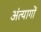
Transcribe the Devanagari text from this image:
अंत्यागों